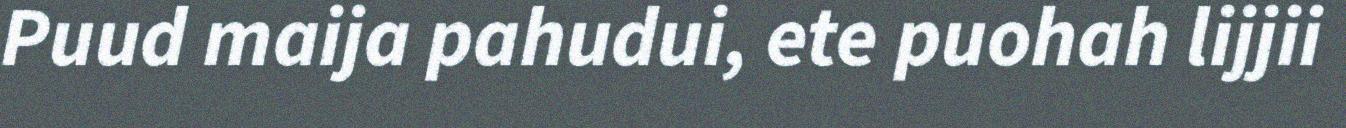
Puud maija pahudui, ete puohah lijjii